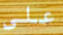
على